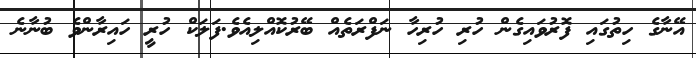
އޭނާގެ ހިތުގައި ފޮރުވައިގެން ހުރި ހުރިހާ ނަފްރަތެއް ބޭރުކޮއްލިއެވެ.ފަލަކް ހުރީ ހައިރާންވެ ބުނާނެ